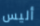
أليس